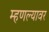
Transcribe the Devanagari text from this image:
म्हणल्यावर